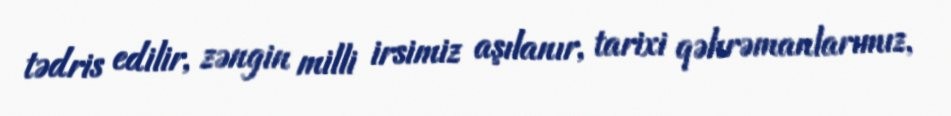
tədris edilir, zəngin milli irsimiz aşılanır, tarixi qəhrəmanlarımız,